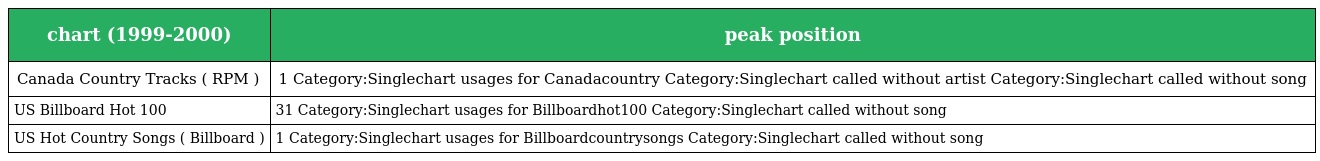
| chart (1999-2000) | peak position |
 | --- | --- |
 | Canada Country Tracks ( RPM ) | 1 Category:Singlechart usages for Canadacountry Category:Singlechart called without artist Category:Singlechart called without song |
 | US Billboard Hot 100 | 31 Category:Singlechart usages for Billboardhot100 Category:Singlechart called without song |
 | US Hot Country Songs ( Billboard ) | 1 Category:Singlechart usages for Billboardcountrysongs Category:Singlechart called without song |